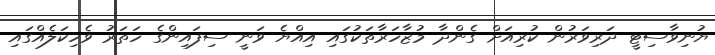
ޔުނިވާސިޓީ ދަރިވަރުން ކުރިއަށް ގެންދާ މުޒާހަރާތަކުގައި އިއްޔެ ވަނީ ސިފައިންގެ ހަތަރު ވެހިކަލެއްގައި